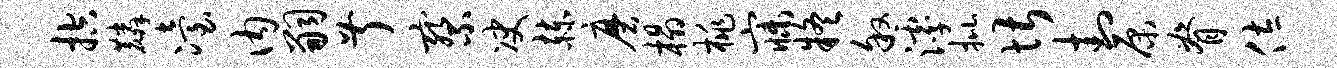
控麟冶内嗣叔察决赫磨榻桃寐疑叙滹批堪封原脊佐